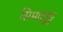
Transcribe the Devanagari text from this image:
सिमालुङु